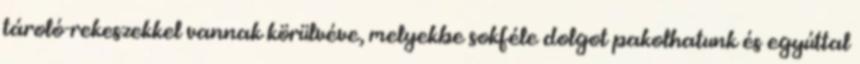
tároló-rekeszekkel vannak körülvéve, melyekbe sokféle dolgot pakolhatunk és egyúttal